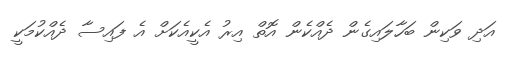
އަދި ވަކިން ބަހާލައިގެން ދެއްކެން އޮތް އިރު އެކީއެކަށް އެ ފައިސާ ދެއްކުމަކީ